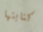
كتابتها